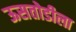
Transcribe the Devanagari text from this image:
ऊसतोडीला